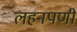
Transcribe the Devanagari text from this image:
लहनपणी